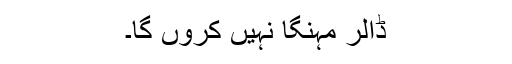
ڈالر مہنگا نہیں کروں گا۔